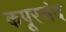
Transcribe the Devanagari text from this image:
कपूरचंद